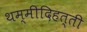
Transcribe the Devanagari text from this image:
थम्मीदिहत्ती